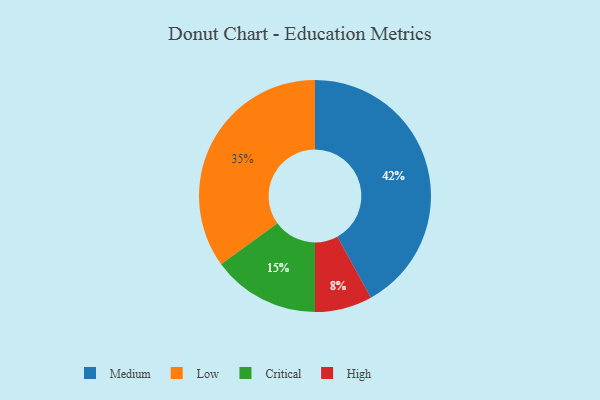
{"axis": {"x": "Category", "y": "Percentage"}, "legend": ["Critical", "High", "Low", "Medium"], "data": [{"x": "Medium", "y": 42, "type": "Medium"}, {"x": "Critical", "y": 15, "type": "Critical"}, {"x": "High", "y": 8, "type": "High"}, {"x": "Low", "y": 35, "type": "Low"}]}